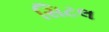
સિટલ